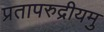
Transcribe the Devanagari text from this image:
प्रतापरुद्रीयमु